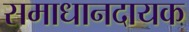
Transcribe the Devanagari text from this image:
समाधानदायक